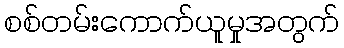
စစ်တမ်းကောက်ယူမှုအတွက်